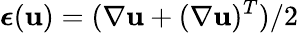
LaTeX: \boldsymbol{\epsilon}(\mathbf u)=(\nabla\mathbf u+(\nabla\mathbf u)^{T})/2